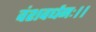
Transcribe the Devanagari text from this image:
वंशवर्धनः।।